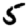
Digit: 5